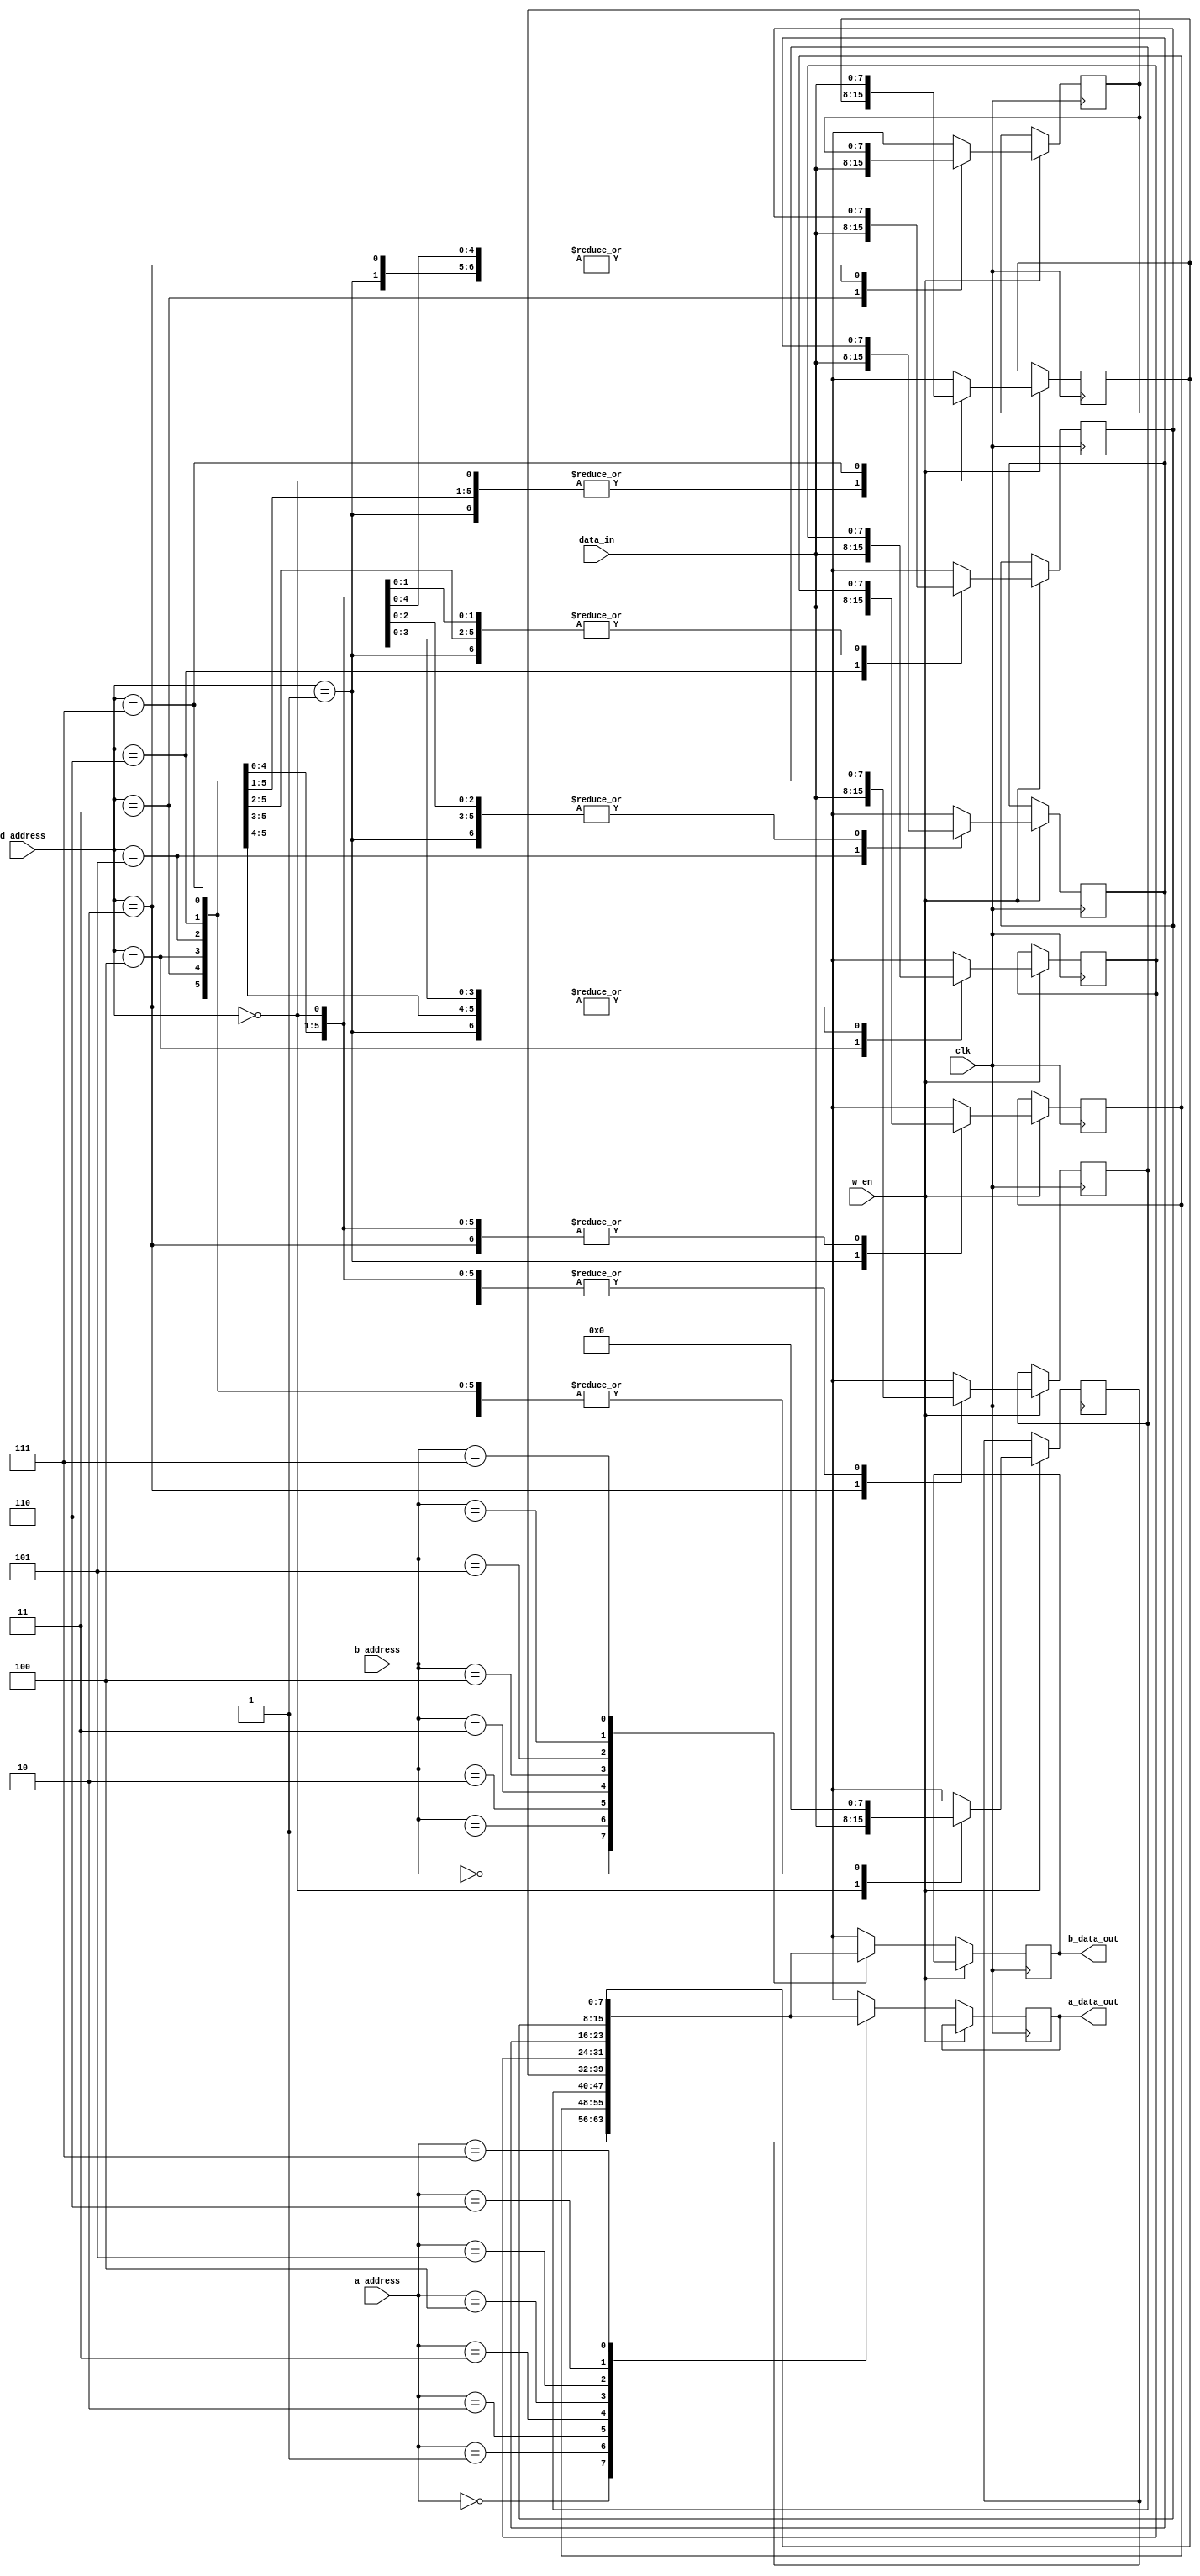
module register(
    input clk,
    input [7:0] data_in,
    input [2:0] a_address,
    input [2:0] b_address,
    input [2:0] d_address,
    input w_en,
    output [7:0] a_data_out,
    output [7:0] b_data_out
    );
    
parameter DATA_WIDTH = 8;
parameter DEPTH = 8;

reg [DATA_WIDTH-1:0] a_data_out;
reg [DATA_WIDTH-1:0] b_data_out;
reg [DATA_WIDTH-1:0] register [0:DEPTH-1];

always @ (posedge clk)
    begin
        if(w_en)
            begin
                register[3'b000] = 8'b0;
                register[d_address] = data_in;
            end else begin
            a_data_out = register[a_address];
            b_data_out = register[b_address];
            end
     end
           
endmodule